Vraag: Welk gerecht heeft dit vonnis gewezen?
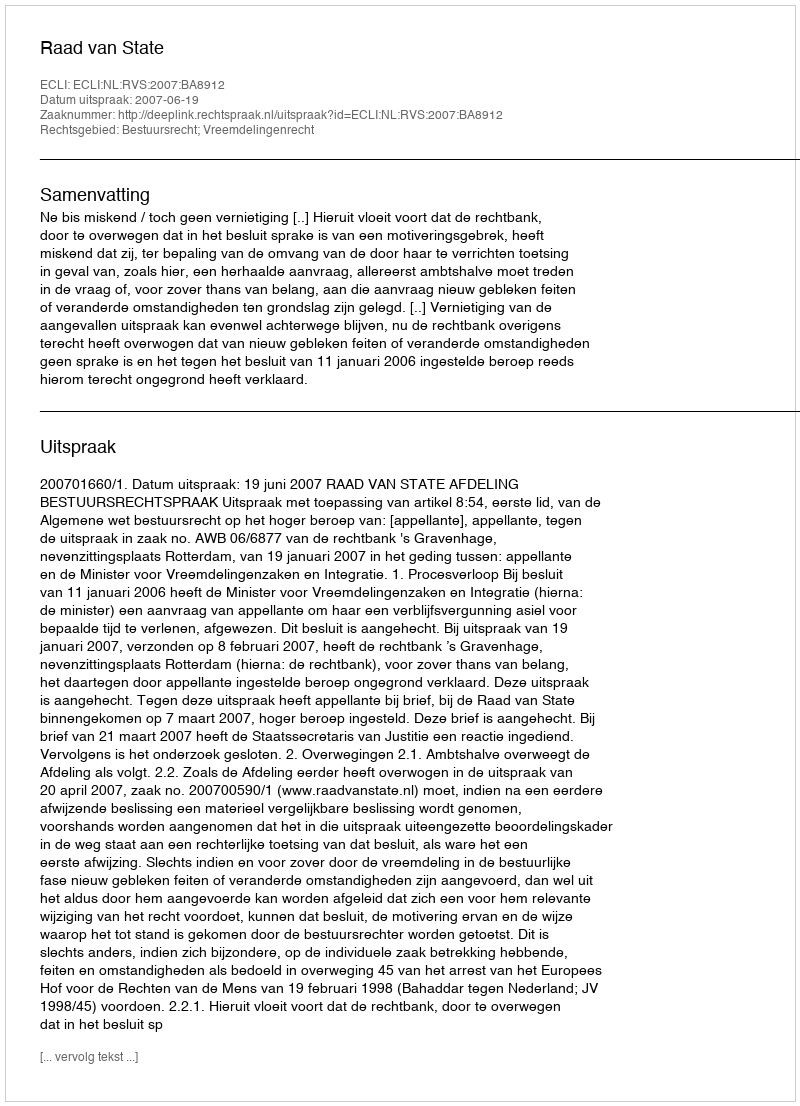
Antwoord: Raad van State